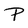
Character: P